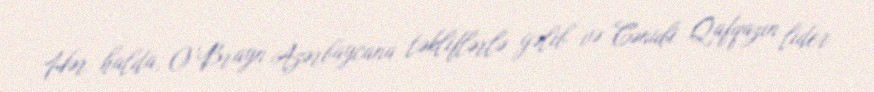
Hər halda, O’Brayn Azərbaycana təkliflərlə gəlib və Cənubi Qafqazın lider